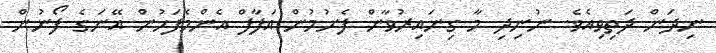
ނިދަން ދަތިވިއެވެ. ނުނިދި މާ ގިނައިރުވާން ފެށުމުން އަފާފް އެންމެފަހުން އޭނަގެ ފޯނުން